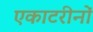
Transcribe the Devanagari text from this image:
एकाटरीनों